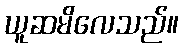
ယူဆမိလေသည်။